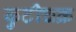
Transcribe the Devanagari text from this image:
कुटीचक्र